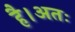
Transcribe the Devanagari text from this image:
है।अतः